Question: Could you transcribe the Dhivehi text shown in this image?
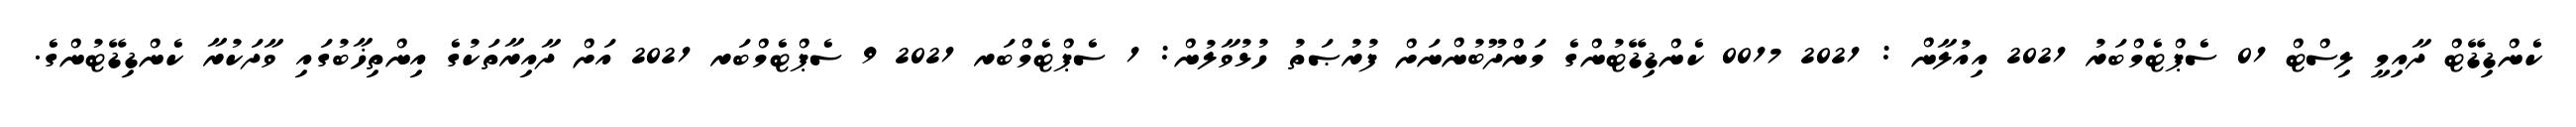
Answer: ކެންޑިޑޭޓް ދާއިމީ ލިސްޓް 01 ސެޕްޓެމްބަރު 2021 އިއުލާން : 2021 0017 ކެންޑިޑޭޓުންގެ މަންދޫބުންނަށް ފުރުޞަތު ހުޅުވާލުން: 1 ސެޕްޓެމްބަރ 2021 9 ސެޕްޓެމްބަރ 2021 އަށް ދާއިރާތަކުގެ އިންތިޚާބުގައި ވާދަކުރާ ކެންޑިޑޭޓުންގެ.